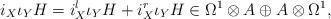
LaTeX: \begin{align*}i_X\iota_YH=i^l_X\iota_YH+i^r_X\iota_YH\in\Omega^1\otimes A\oplus A\otimes\Omega^1,\end{align*}